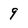
Character: 9